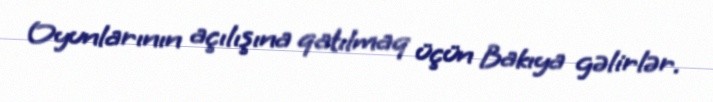
Oyunlarının açılışına qatılmaq üçün Bakıya gəlirlər.